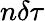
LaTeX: n\delta\tau